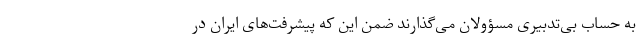
به حساب بی‌تدبیری مسؤولان می‌گذارند ضمن این که پیشرفت‌های ایران در